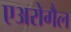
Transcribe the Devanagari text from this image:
एअरोगैल